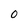
Character: O